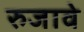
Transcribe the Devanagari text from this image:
रुजावे